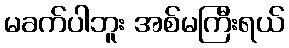
မခက်ပါဘူး အစ်မကြီးရယ်